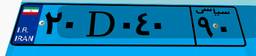
۲۰D۰۴۰۹۰